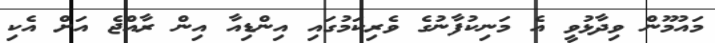
މައުމޫން ވިދާޅުވީ އެ މަނިކުފާނުގެ ވެރިކަމުގައި އިންޑިއާ އިން ރާއްޖެ އަށް އެކި